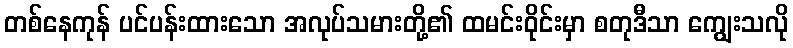
တစ်နေကုန် ပင်ပန်းထားသော အလုပ်သမားတို့၏ ထမင်းဝိုင်းမှာ စတုဒီသာ ကျွေးသလို